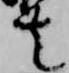
者